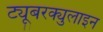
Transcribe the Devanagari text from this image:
ट्यूबरक्युलाइन